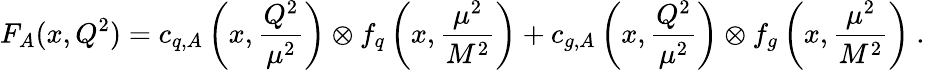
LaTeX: F_{A}(x,Q^{2})=c_{q,A}\left(x,\frac{Q^{2}}{\mu^{2}}\right)\otimes f_{q}\left(x,\frac{\mu^{2}}{M^{2}}\right)+c_{g,A}\left(x,\frac{Q^{2}}{\mu^{2}}\right)\otimes f_{g}\left(x,\frac{\mu^{2}}{M^{2}}\right)~.